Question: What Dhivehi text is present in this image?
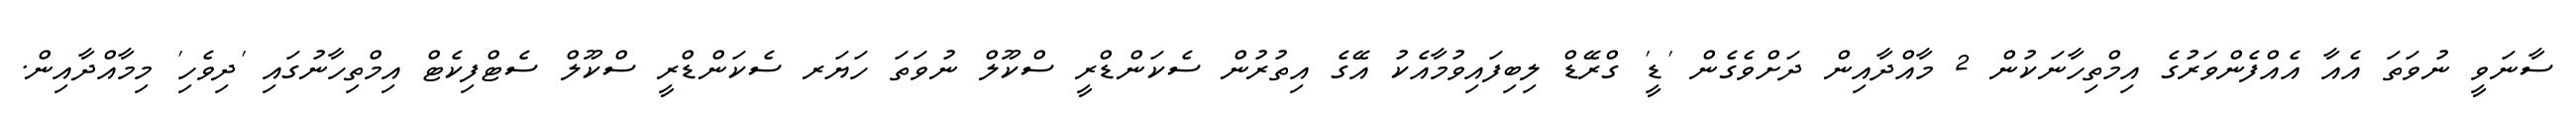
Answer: ސާނަވީ ނުވަތަ އެއާ އެއްފެންވަރުގެ އިމްތިހާނަކުން 2 މާއްދާއިން ދަށްވެގެން 'ޑީ' ގްރޭޑް ލިބިފައިވުމާއެކު އޭގެ އިތުރުން ސެކަންޑްރީ ސްކޫލް ނުވަތަ ހަޔަރ ސެކަންޑްރީ ސްކޫލް ސެޓްފިކެޓް އިމްތިހާނުގައި 'ދިވެހި' މިމާއްދާއިން.